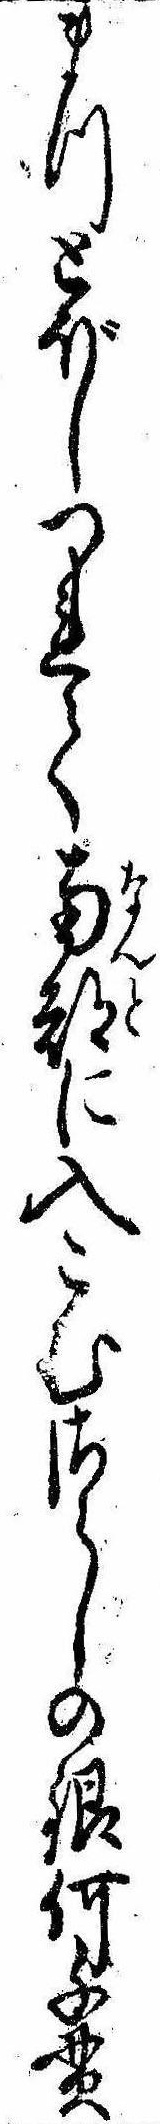
まつとぼしつれて南都に入こむさらしの銀何千貫